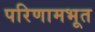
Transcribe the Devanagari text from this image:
परिणामभूत